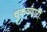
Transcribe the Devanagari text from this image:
चुकवणारी